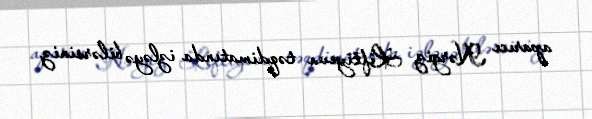
aparıcı Nərgiz Liftiyeva təqdimatında izləyə bilərsiniz.